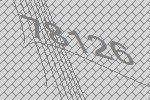
78126